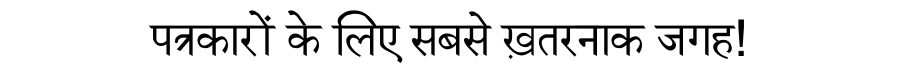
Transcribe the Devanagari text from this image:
पत्रकारों के लिए सबसे ख़तरनाक जगह!